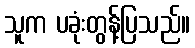
သူက ပခုံးတွန့်ပြသည်။